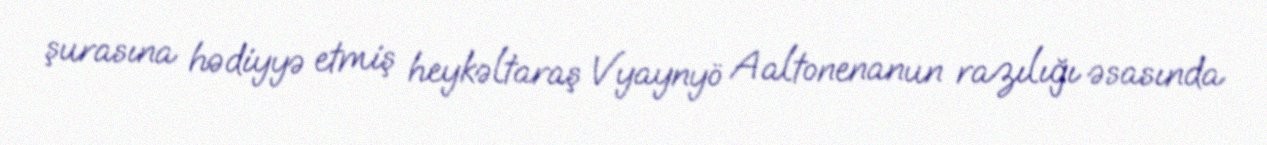
şurasına hədiyyə etmiş heykəltaraş Vyaynyö Aaltonenanun razılığı əsasında